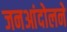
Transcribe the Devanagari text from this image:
जनआंदोलने